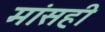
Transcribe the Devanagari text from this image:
मांसही